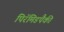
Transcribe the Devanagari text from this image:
पिरॅमिडपैकी